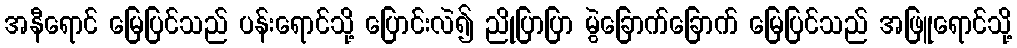
အနီရောင် မြေပြင်သည် ပန်းရောင်သို့ ပြောင်းလဲ၍ ညိုပြာပြာ မွဲခြောက်ခြောက် မြေပြင်သည် အဖြူရောင်သို့